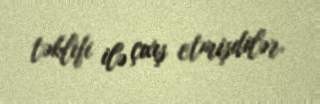
təklifi ilə çıxış etmişdilər.